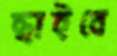
ছাইবে